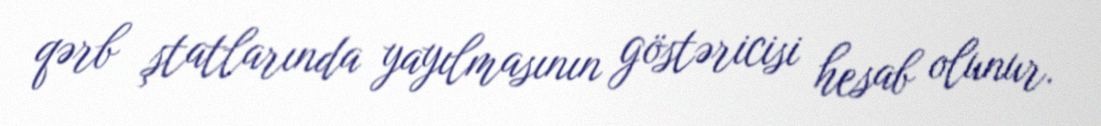
qərb ştatlarında yayılmasının göstəricisi hesab olunur.